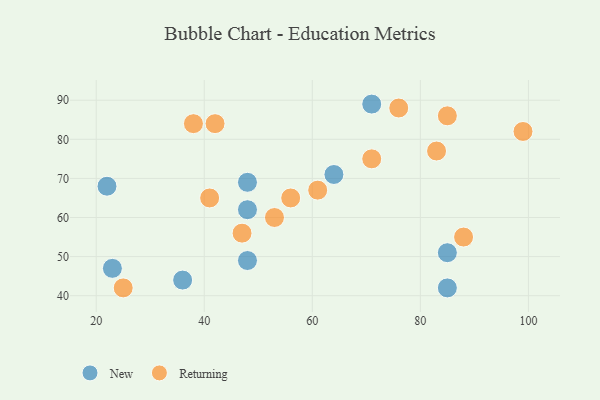
{"axis": {"x": "GDP", "y": "Life Expectancy"}, "legend": ["New", "Returning"], "data": [{"x": "48", "y": 49, "type": "New"}, {"x": "85", "y": 42, "type": "New"}, {"x": "85", "y": 51, "type": "New"}, {"x": "36", "y": 44, "type": "New"}, {"x": "48", "y": 62, "type": "New"}, {"x": "71", "y": 89, "type": "New"}, {"x": "23", "y": 47, "type": "New"}, {"x": "48", "y": 69, "type": "New"}, {"x": "64", "y": 71, "type": "New"}, {"x": "22", "y": 68, "type": "New"}, {"x": "38", "y": 84, "type": "Returning"}, {"x": "85", "y": 86, "type": "Returning"}, {"x": "53", "y": 60, "type": "Returning"}, {"x": "71", "y": 75, "type": "Returning"}, {"x": "76", "y": 88, "type": "Returning"}, {"x": "61", "y": 67, "type": "Returning"}, {"x": "42", "y": 84, "type": "Returning"}, {"x": "88", "y": 55, "type": "Returning"}, {"x": "47", "y": 56, "type": "Returning"}, {"x": "25", "y": 42, "type": "Returning"}, {"x": "83", "y": 77, "type": "Returning"}, {"x": "41", "y": 65, "type": "Returning"}, {"x": "99", "y": 82, "type": "Returning"}, {"x": "56", "y": 65, "type": "Returning"}]}